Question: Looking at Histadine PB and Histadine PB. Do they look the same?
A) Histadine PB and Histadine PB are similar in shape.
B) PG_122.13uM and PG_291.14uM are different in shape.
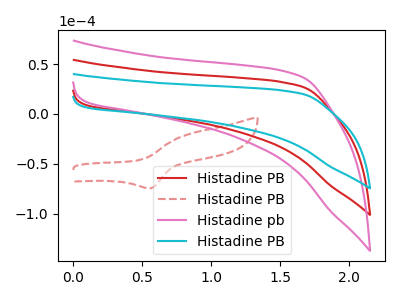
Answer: <think>The red curve "Histadine PB" has no peaks. The red dashed curve "Histadine PB" has an anodic peak at (0.85V, -20.00uA) and a cathodic peak at (0.55V, -74.45uA). The pink curve "Histadine pb" has no peaks. The cyan curve "Histadine PB" has no peaks.
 Neither "Histadine PB" or "Histadine PB" have any peaks.</think>
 <answer>A) "Histadine PB" and "Histadine PB" are similar in shape.</answer>
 <eval>A</eval>